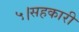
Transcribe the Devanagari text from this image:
५।सहकारी